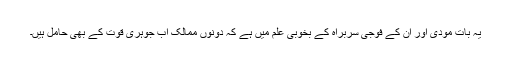
یہ بات مودی اور ان کے فوجی سربراہ کے بخوبی علم میں ہے کہ دونوں ممالک اب جوہری قوت کے بھی حامل ہیں۔